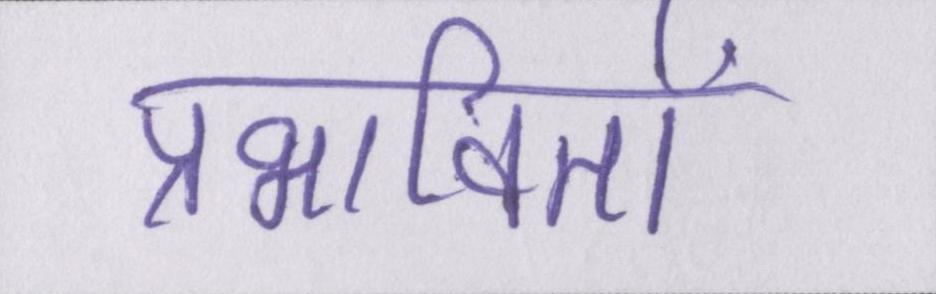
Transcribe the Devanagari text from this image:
प्रभावितों